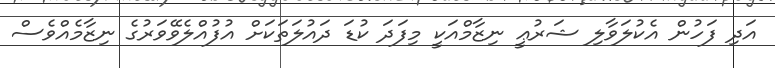
އަދި ފަހުން އެކުލަވާލި ޝަރުޢީ ނިޒާމްއަކީ މިފަދަ ކުޑަ ދައުލަތަކަށް އުފުއްލެވޭވަރުގެ ނިޒާމެއްވެސް